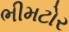
ભીમટોર